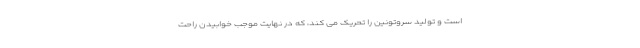
است و تولید سروتونین را تحریک می کند، که در نهایت موجب خوابیدن راحت